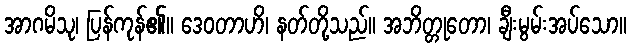
အာဂမိသု၊ ပြန်ကုန်၏။ ဒေဝတာဟိ၊ နတ်တို့သည်။ အဘိတ္တုတော၊ ချီးမွမ်းအပ်သော။